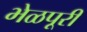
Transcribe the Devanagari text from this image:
भेळपूरी